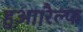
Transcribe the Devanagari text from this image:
हुआ।रैल्फ